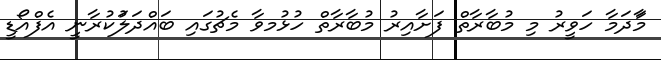
މާަދަމާ ހަވީރު މި މުބާރާތް ފަށާއިރު މުބާރާތް ހުޅުމވާ މެޗުގައި ބައްދަލަުކުރާނީ އެފްއޯޑީ